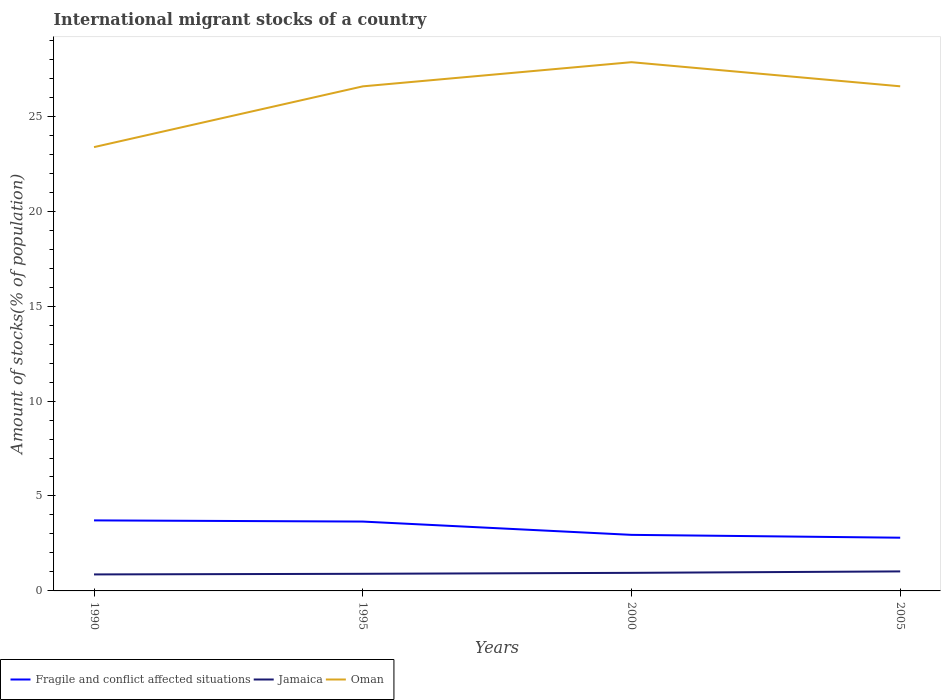
| Years | Fragile and conflict affected situations | Jamaica | Oman |
 | --- | --- | --- | --- |
 | 1990 | 3.72 | 0.869 | 23.4 |
 | 1995 | 3.65 | 0.902 | 26.6 |
 | 2000 | 2.95 | 0.952 | 27.8 |
 | 2005 | 2.8 | 1.03 | 26.6 |